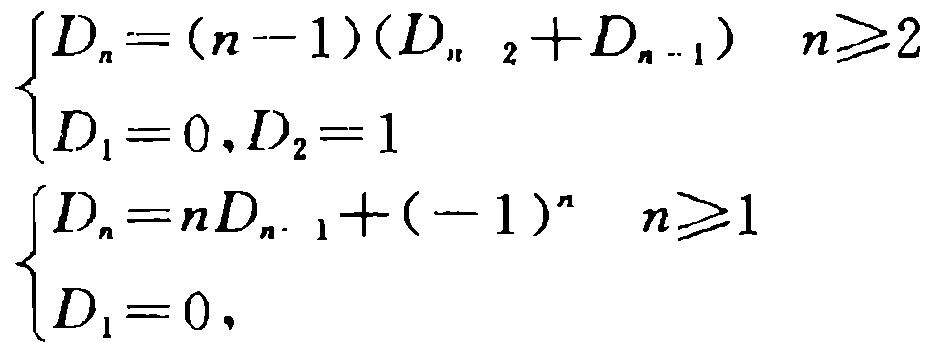
\[
\begin{cases}
D_{n}=(n - 1)(D_{n - 2}+D_{n - 1}) & n\geq2 \\
D_{1}=0,D_{2}=1
\end{cases}
\]
\[
\begin{cases}
D_{n}=nD_{n - 1}+(-1)^{n} & n\geq1 \\
D_{1}=0
\end{cases}
\]